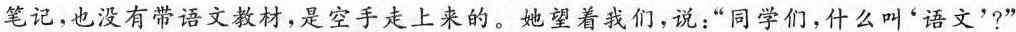
笔记，也没有带语文教材，是空手走上来的。她望着我们，说：”同学们，什么叫'语文'?”